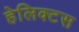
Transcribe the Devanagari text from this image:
हेलिक्टस